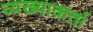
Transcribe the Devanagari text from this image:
व्यख्याकर्ता